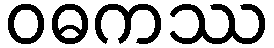
ဝဓကဿ